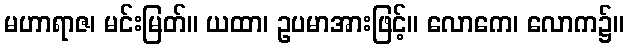
မဟာရာဇ၊ မင်းမြတ်။ ယထာ၊ ဥပမာအားဖြင့်။ လောကေ၊ လောက၌။